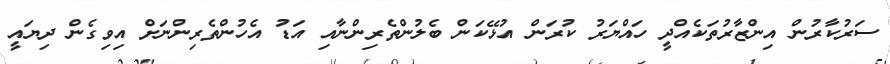
ސަރުކާރުން އިންޒާރުތަކެއްދީ ހައްޔަރު ކުރަން އުޅޭކަން ބެލުންތެރިންނާއި އަޑު އެހުންތެރިންނަށް އިވިގެން ދިޔައީ